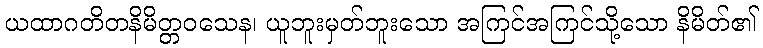
ယထာဂတိတနိမိတ္တဝသေန၊ ယူဘူးမှတ်ဘူးသော အကြင်အကြင်သို့သော နိမိတ်၏